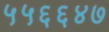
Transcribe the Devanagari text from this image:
५५६६४७